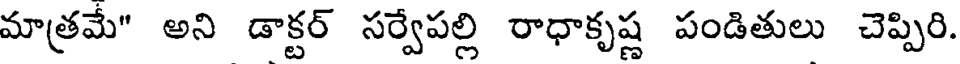
మాత్రమే" అని డాక్టర్ సర్వేపల్లి రాధాకృష్ణ పండితులు చెప్పిరి.